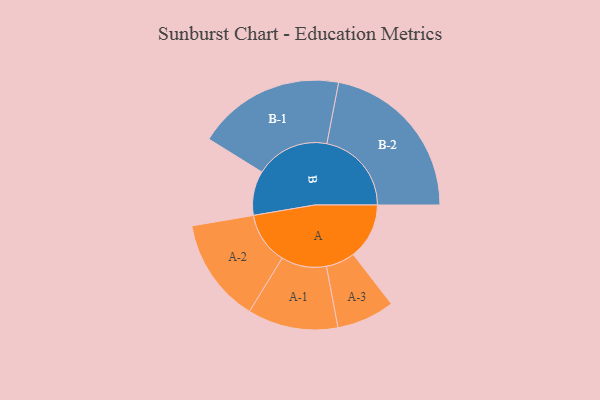
{"axis": {"x": "Segment", "y": "Value"}, "legend": ["", "A", "B"], "data": [{"x": "A", "y": 193, "type": ""}, {"x": "B", "y": 153, "type": ""}, {"x": "A-1", "y": 156, "type": "A"}, {"x": "A-2", "y": 180, "type": "A"}, {"x": "A-3", "y": 100, "type": "A"}, {"x": "B-1", "y": 255, "type": "B"}, {"x": "B-2", "y": 292, "type": "B"}]}